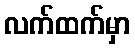
လက်ထက်မှာ